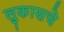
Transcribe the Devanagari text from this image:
लुकासचे